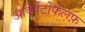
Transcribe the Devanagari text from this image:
आर्कीटोफेलफ़